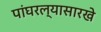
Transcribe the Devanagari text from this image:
पांघरल्यासारखे